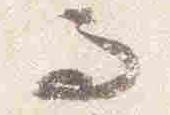
而